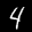
Label: 4